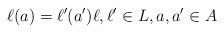
LaTeX: \begin{align*}\ell(a)=\ell'(a')\ell,\ell'\in L, a,a'\in A\end{align*}